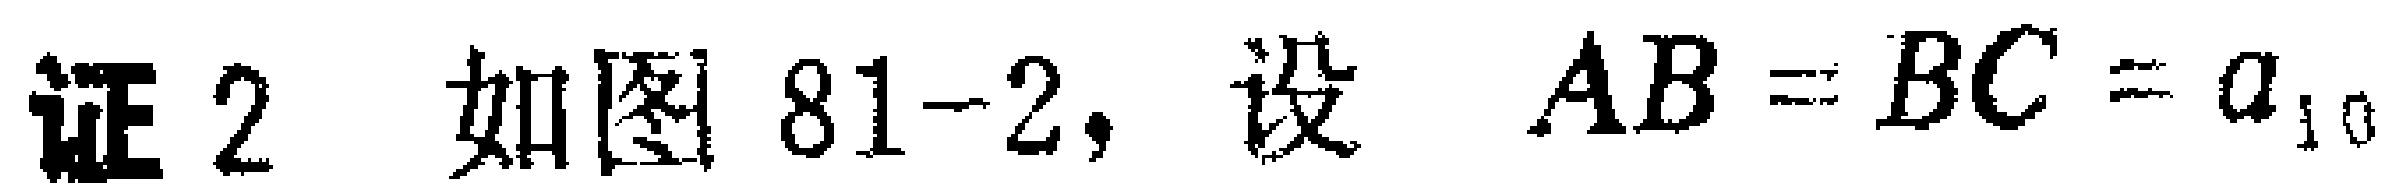
证2 如图81-2，设 \(AB = BC = a_{10}\)